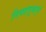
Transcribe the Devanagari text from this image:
निवडणूकपूर्व